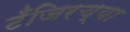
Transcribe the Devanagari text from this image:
टँजिरच्या